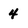
Character: 4